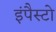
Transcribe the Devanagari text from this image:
इंपैस्टो